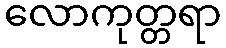
လောကုတ္တရာ